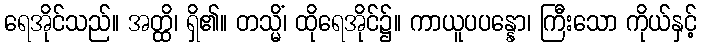
ရေအိုင်သည်။ အတ္ထိ၊ ရှိ၏။ တသ္မိံ၊ ထိုရေအိုင်၌။ ကာယူပပန္နော၊ ကြီးသော ကိုယ်နှင့်